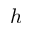
h